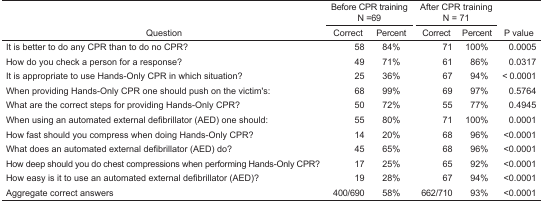
<table><thead><tr><td rowspan="3"><b>Question</b></td><td colspan="2"><b>Before CPR trainingN =69</b></td><td colspan="2"><b>After CPR trainingN = 71</b></td><td rowspan="3"><b>P value</b></td></tr><tr><td><b>Correct</b></td><td><b>Percent</b></td><td><b>Correct</b></td><td><b>Percent</b></td></tr></thead><tbody><tr><td>It is better to do any CPR than to do no CPR?</td><td>58</td><td>84%</td><td>71</td><td>100%</td><td>0.0005</td></tr><tr><td>How do you check a person for a response?</td><td>49</td><td>71%</td><td>61</td><td>86%</td><td>0.0317</td></tr><tr><td>It is appropriate to use Hands-Only CPR in which situation?</td><td>25</td><td>36%</td><td>67</td><td>94%</td><td>&lt; 0.0001</td></tr><tr><td>When providing Hands-Only CPR one should push on the victim&#x27;s:</td><td>68</td><td>99%</td><td>69</td><td>97%</td><td>0.5764</td></tr><tr><td>What are the correct steps for providing Hands-Only CPR?</td><td>50</td><td>72%</td><td>55</td><td>77%</td><td>0.4945</td></tr><tr><td>When using an automated external defibrillator (AED) one should:</td><td>55</td><td>80%</td><td>71</td><td>100%</td><td>0.0001</td></tr><tr><td>How fast should you compress when doing Hands-Only CPR?</td><td>14</td><td>20%</td><td>68</td><td>96%</td><td>&lt;0.0001</td></tr><tr><td>What does an automated external defibrillator (AED) do?</td><td>45</td><td>65%</td><td>68</td><td>96%</td><td>&lt;0.0001</td></tr><tr><td>How deep should you do chest compressions when performing Hands-Only CPR?</td><td>17</td><td>25%</td><td>65</td><td>92%</td><td>&lt;0.0001</td></tr><tr><td>How easy is it to use an automated external defibrillator (AED)?</td><td>19</td><td>28%</td><td>67</td><td>94%</td><td>&lt;0.0001</td></tr><tr><td>Aggregate correct answers</td><td>400/690</td><td>58%</td><td>662/710</td><td>93%</td><td>&lt;0.0001</td></tr></tbody></table>